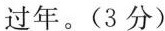
过年。(3分)